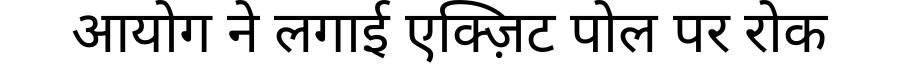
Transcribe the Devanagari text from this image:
आयोग ने लगाई एक्ज़िट पोल पर रोक